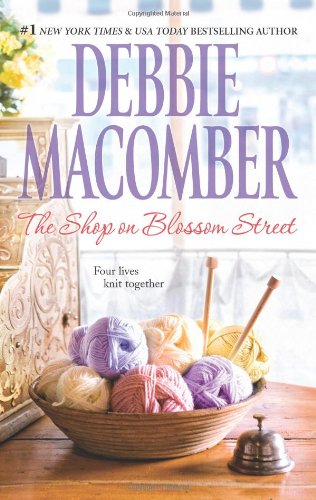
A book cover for The Shop on Blossom Street; Debbie Macomber; Literature & Fiction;